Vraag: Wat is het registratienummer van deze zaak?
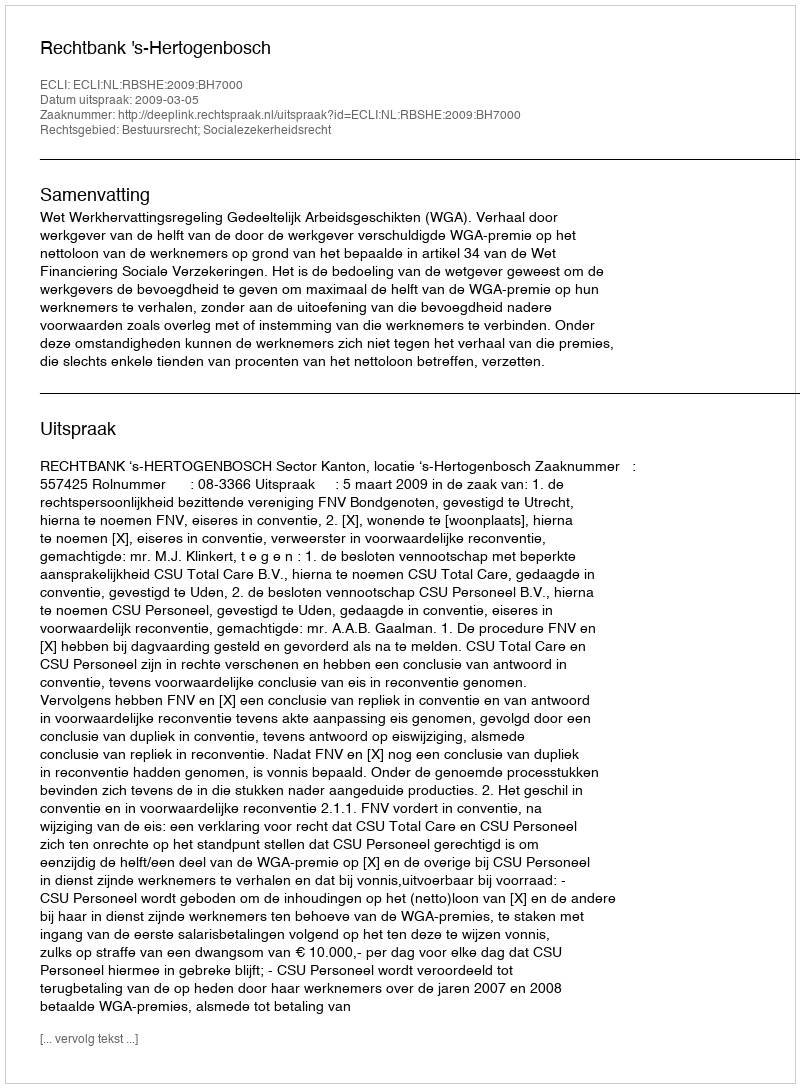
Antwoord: http://deeplink.rechtspraak.nl/uitspraak?id=ECLI:NL:RBSHE:2009:BH7000